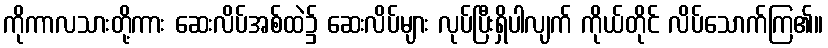
ကိုကာလသားတို့ကား ဆေးလိပ်အစ်ထဲ၌ ဆေးလိပ်များ လုပ်ပြီးရှိပါလျက် ကိုယ်တိုင် လိပ်သောက်ကြ၏။